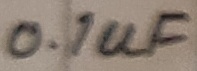
Text: 0.1uF